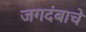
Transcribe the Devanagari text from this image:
जगदंबाचे